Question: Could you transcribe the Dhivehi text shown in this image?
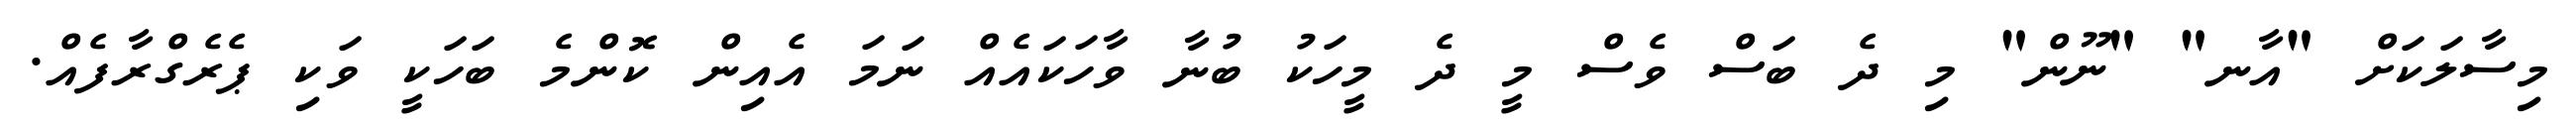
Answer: މިސާލަކަށް "އާނ" "ނޫން" މި ދެ ބަސް ވެސް މީ ދެ މީހަކު ބުނާ ވާހަކައެއް ނަމަ އެއިން ކޮންމެ ބަހަކީ ވަކި ޕެރެގްރާފެއް.